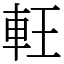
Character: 軖